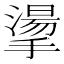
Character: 𢴳